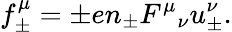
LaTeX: f_{\pm}^{\mu}=\pm en_{\pm}{F^{\mu}}_{\nu}u_{\pm}^{\nu}.